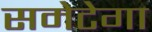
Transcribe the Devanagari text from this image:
समेटेगा